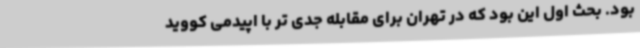
بود. بحث اول این بود که در تهران برای مقابله جدی تر با اپیدمی کووید